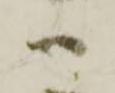
ハ